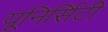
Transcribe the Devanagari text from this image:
यूनिर्सिटी